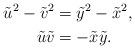
LaTeX: \begin{align*}\tilde{u}^2 - \tilde{v}^2 & = \tilde{y}^2 - \tilde{x}^2,\\\tilde{u}\tilde{v} & = - \tilde{x} \tilde{y}.\end{align*}